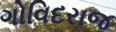
ગોવિદરાજ